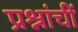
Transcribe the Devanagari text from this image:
प्रश्नांचीं